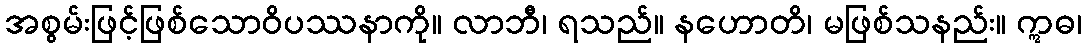
အစွမ်းဖြင့်ဖြစ်သောဝိပဿနာကို။ လာဘီ၊ ရသည်။ နဟောတိ၊ မဖြစ်သနည်း။ ဣဓ၊